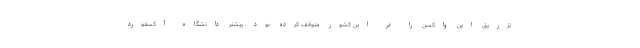
تزریق این واکسن را در این کشور متوقف کرده بود. پیشتر دانشگاه آکسفورد